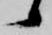
候